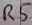
Text: R5